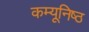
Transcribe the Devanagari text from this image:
कम्यूनिष्ठ